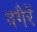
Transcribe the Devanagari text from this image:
वगैरें